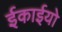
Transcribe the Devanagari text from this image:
ईकाईयो